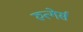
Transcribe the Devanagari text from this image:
रुत्गेर्स